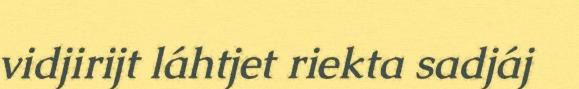
vidjirijt láhtjet riekta sadjáj